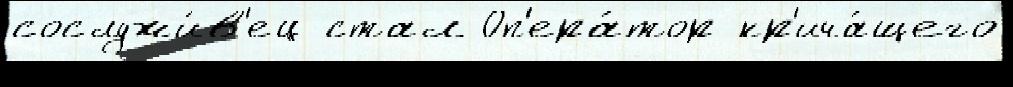
сослужи́в'ец стал Оп'ера́тор кр'ича́щего